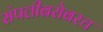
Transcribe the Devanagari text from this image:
संपत्तीबरोबरच